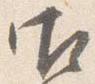
御